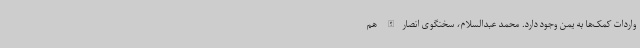
واردات کمک‌ها به یمن وجود دارد. محمد عبدالسلام، سخنگوی انصارالله هم